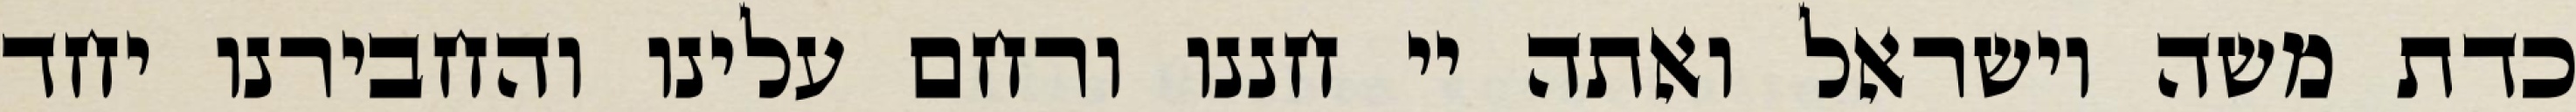
כדת משה וישראל ואתה יי חננו ורחם עלינו והחבירנו יחד